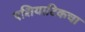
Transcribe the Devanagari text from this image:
एशियाटिकचा